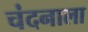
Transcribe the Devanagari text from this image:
चंदनाला